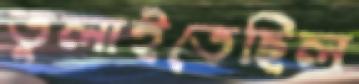
তুলাইতেছিল